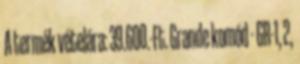
A termék vételára: 39.600.-Ft. Grande komód - GR-1, 2,